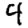
Digit: 4